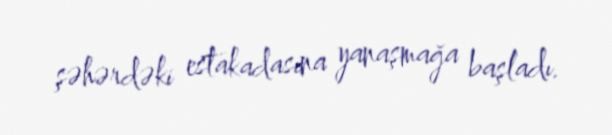
şəhərdəki estakadasına yanaşmağa başladı.